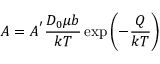
A = A ^ { ' } { \frac { D _ { 0 } \mu b } { k T } } \exp \left( - { \frac { Q } { k T } } \right)